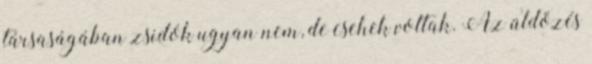
társaságában zsidók ugyan nem, de csehek voltak. Az üldözés